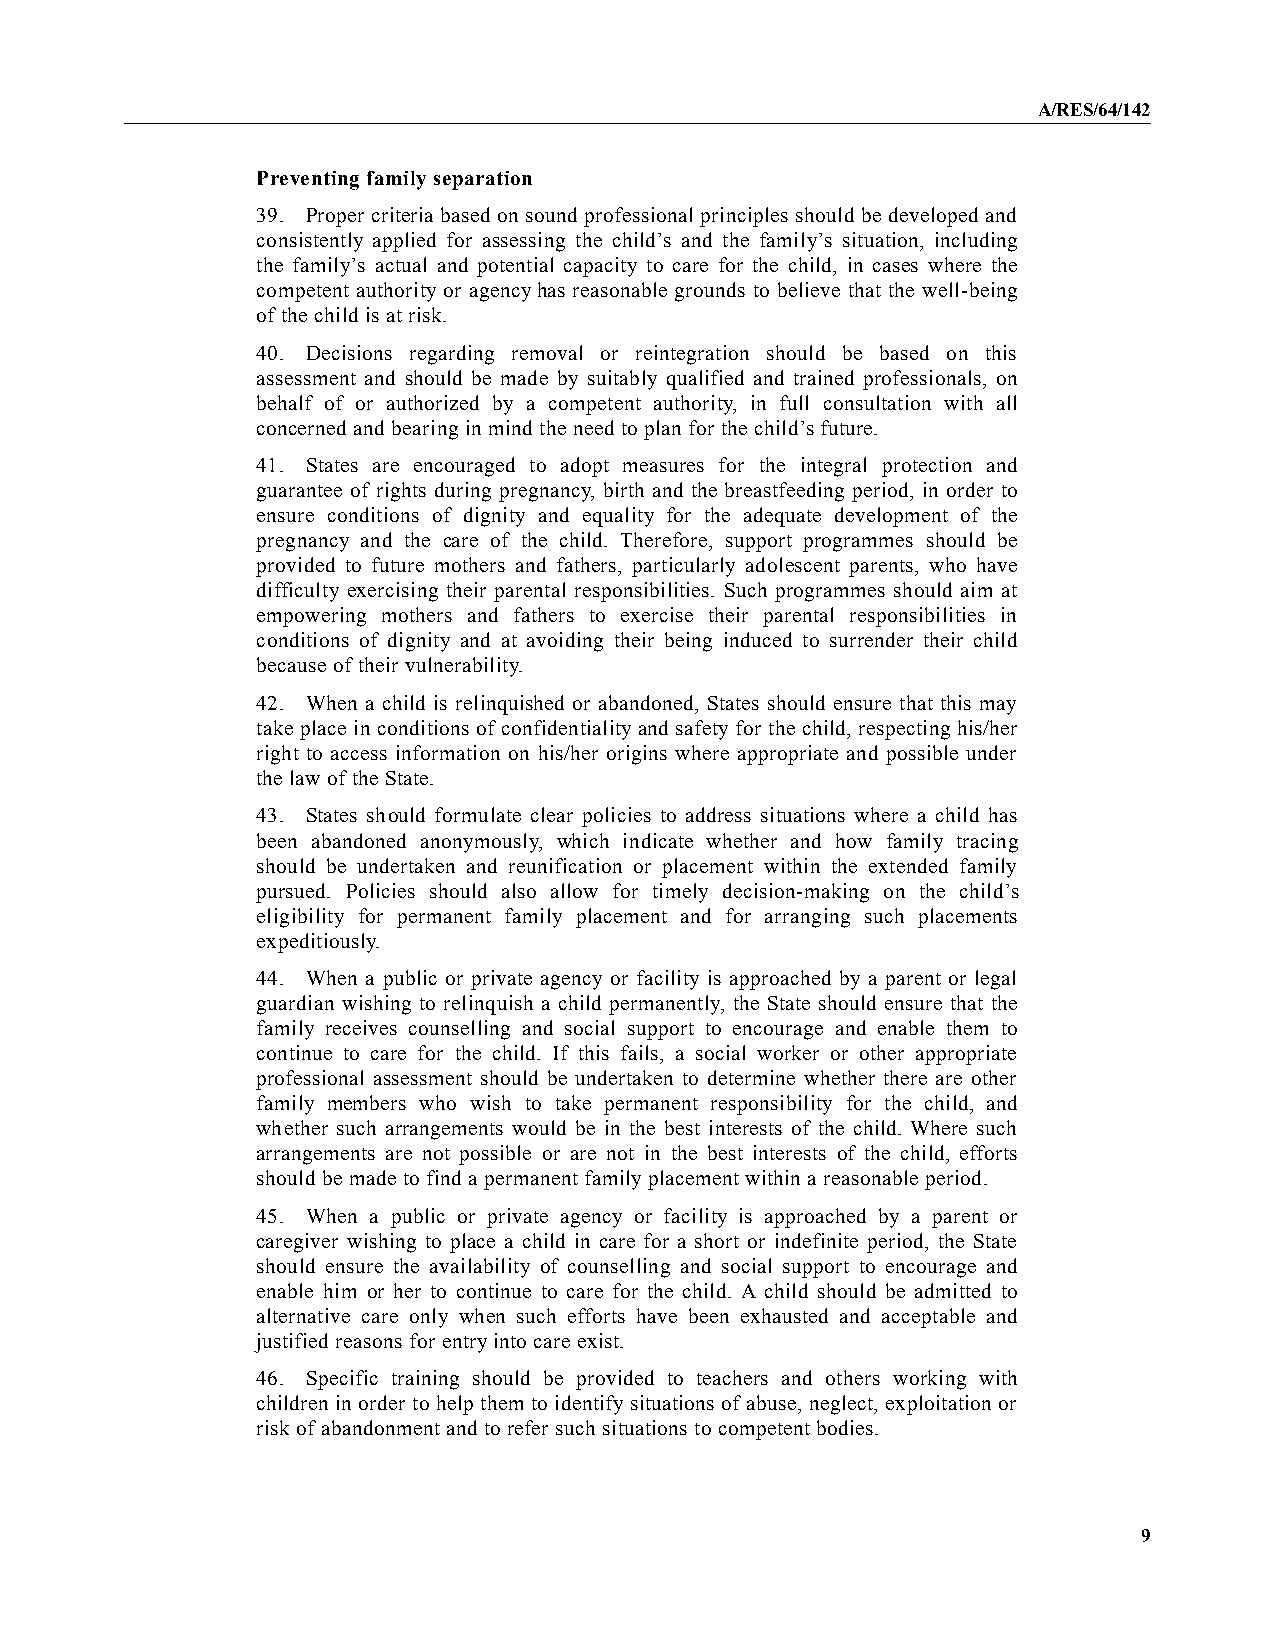
A/RES/64/142
 Preventing family separation
 39. Proper criteria based on sound professional principles should be developed and
 consistently applied for assessing the child’s and the family’s situation, including
 the family’s actual and potential capacity to care for the child, in cases where the
 competent authority or agencyhas reasonable grounds to believe that the well-being
 of the child is at risk.
 40. Decisions regarding removal or reintegration should be based on this
 assessment and should be made by suitably qualified and trained professionals, on
 behalf of or authorized by a competent authority, in full consultation with all
 concerned and bearing in mind the need to plan for the child’s future.
 41. States are encouraged to adopt measures for the integral protection and
 guarantee of rights during pregnancy, birth and the breastfeeding period, in order to
 ensure conditions of dignity and equality for the adequate development of the
 pregnancy and the care of the child. Therefore, support programmes should be
 provided to future mothers and fathers, particularly adolescent parents, who have
 difficulty exercising their parental responsibilities. Such programmes should aim at
 empowering mothers and fathers to exercise their parental responsibilities in
 conditions of dignity and at avoiding their being induced to surrender their child
 because of their vulnerability.
 42. When a child is relinquished or abandoned, States should ensure that this may
 take place in conditions of confidentialityand safety for the child, respecting his/her
 right to access information on his/her origins where appropriate and possible under
 the law of the State.
 43. States should formulate clear policies to address situations where a child has
 been abandoned anonymously, which indicate whether and how family tracing
 should be undertaken and reunification or placement within the extended family
 pursued. Policies should also allow for timely decision-making on the child’s
 eligibility for permanent family placement and for arranging such placements
 expeditiously.
 44. When a public or private agency or facility is approached by a parent or legal
 guardian wishing to relinquish a child permanently, the State should ensure that the
 family receives counselling and social support to encourage and enable them to
 continue to care for the child. If this fails, a social worker or other appropriate
 professional assessment should be undertaken to determine whether there are other
 family members who wish to take permanent responsibility for the child, and
 whether such arrangements would be in the best interests of the child. Where such
 arrangements are not possible or are not in the best interests of the child, efforts
 should be made to find a permanent familyplacement within a reasonable period.
 45. When a public or private agency or facility is approached by a parent or
 caregiver wishing to place a child in care for a short or indefinite period, the State
 should ensure the availability of counselling and social support to encourage and
 enable him or her to continue to care for the child. A child should be admitted to
 alternative care only when such efforts have been exhausted and acceptable and
 justified reasons for entryinto care exist.
 46. Specific training should be provided to teachers and others working with
 children in order to help them to identify situations of abuse, neglect, exploitation or
 risk of abandonment and to refer such situations to competent bodies.
 9